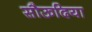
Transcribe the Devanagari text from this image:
सौऊदिया